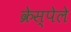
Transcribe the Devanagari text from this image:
क्रेस्पेले